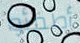
أطفئوا